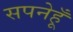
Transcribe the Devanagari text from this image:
सपनेहूँ